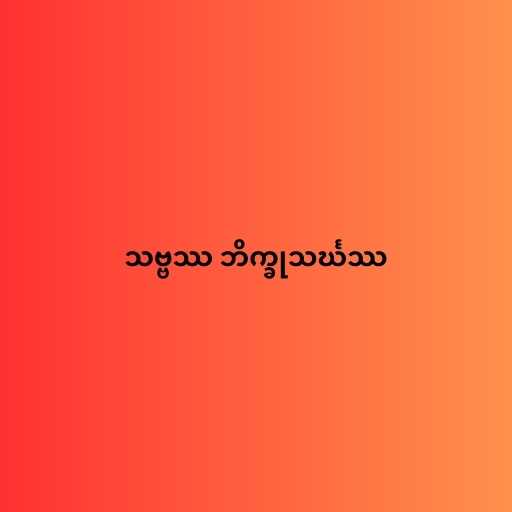
သဗ္ဗဿ ဘိက္ခုသင်္ဃဿ